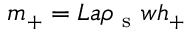
m _ { + } = L a \rho _ { \mathrm { ~ s ~ } } w h _ { + }